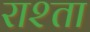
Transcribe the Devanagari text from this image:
राश्ता